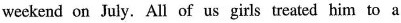
weekend on July. All of us girls treated him to a